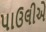
પાઉલીએ